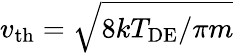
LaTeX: v_{\mathrm{th}}=\sqrt{8kT_{\mathrm{DE}}/\pi m}